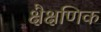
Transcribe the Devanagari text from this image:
क्षैक्षणिक